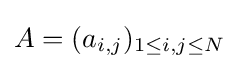
A=(a_{i,j})_{1\leq i,j\leq N}